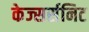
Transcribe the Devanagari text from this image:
केज्सर्सनिट